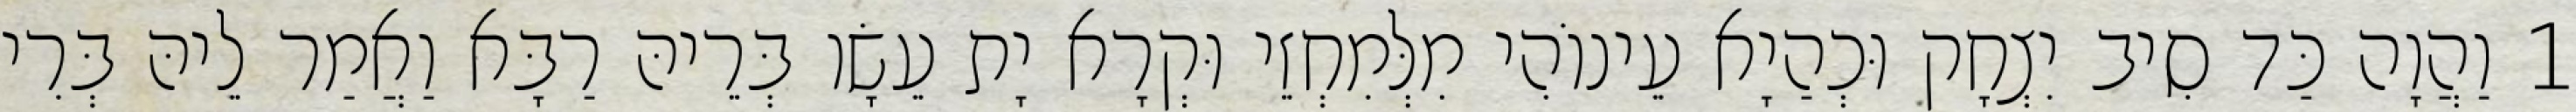
1 וַהֲוָה כַּד סִיב יִצְחָק וּכְהַיָא עֵינוֹהִי מִלְּמִחְזֵי וּקְרָא יָת עֵשָׂו בְּרֵיהּ רַבָּא וַאֲמַר לֵיהּ בְּרִי